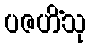
ပဇဟိံသု